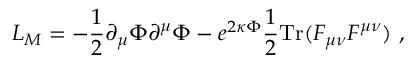
L _ { M } = - \frac { 1 } { 2 } \partial _ { \mu } \Phi \partial ^ { \mu } \Phi - e ^ { 2 \kappa \Phi } \frac { 1 } { 2 } \mathrm { T r } ( F _ { \mu \nu } F ^ { \mu \nu } ) \ ,